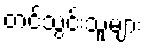
တင်သွင်းသူများ